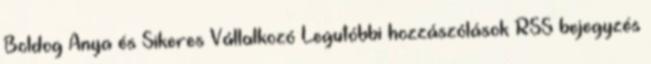
Boldog Anya és Sikeres Vállalkozó Legutóbbi hozzászólások RSS bejegyzés